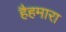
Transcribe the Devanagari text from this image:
हैहमारा